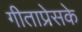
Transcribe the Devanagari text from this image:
गीताप्रेसके